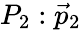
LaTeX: P_{2}:{\vec{p}}_{2}